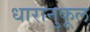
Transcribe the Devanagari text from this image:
धारानुकूल